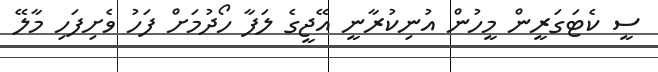
ސީ ކެޓަގަރީން މީހުން އުނިކުރާނީ އޭޖީގެ ލަފާ ހޯދުމަށް ފަހު ވެށިފަހި މާލޭ